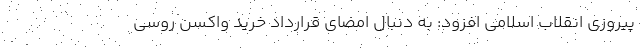
پیروزی انقلاب اسلامی افزود: به دنبال امضای قرارداد خرید واکسن روسی